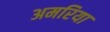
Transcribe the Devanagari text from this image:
अमरिया